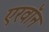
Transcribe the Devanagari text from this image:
एरवॉन